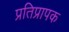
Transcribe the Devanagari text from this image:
प्रतिप्रापक